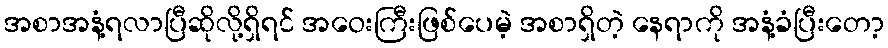
အစာအနံ့ရလာပြီဆိုလို့ရှိရင် အဝေးကြီးဖြစ်ပေမဲ့ အစာရှိတဲ့ နေရာကို အနံ့ခံပြီးတော့